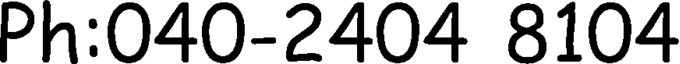
Ph:040-2404 8104